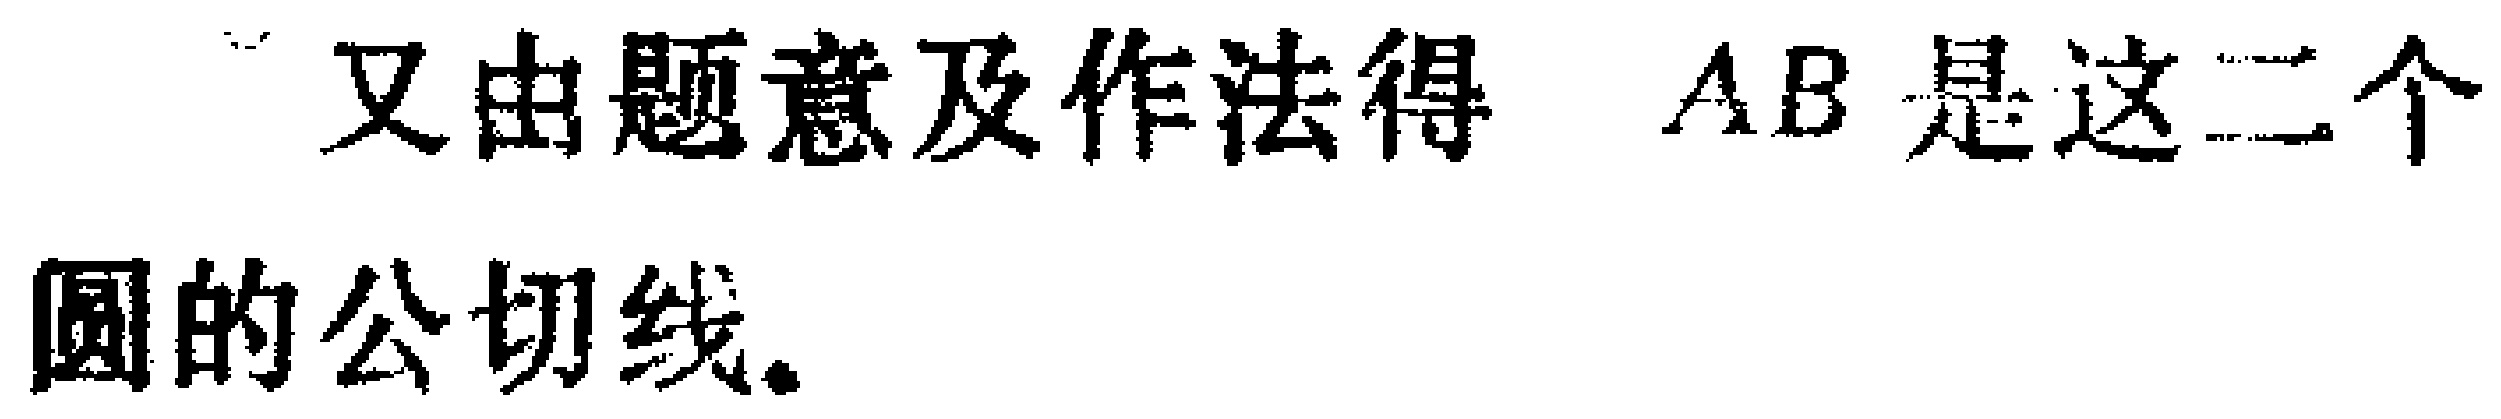
又由题意及作法得 \(AB\) 是这二个圆的公切线.